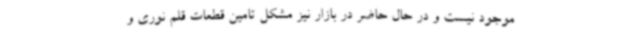
موجود نیست و در حال حاضر در بازار نیز مشکل تامین قطعات قلم نوری و